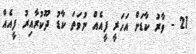
21 - ވާރު ކާޑަށް އަހަރީ ފީއެއް ނުވަތަ ކާޑު ދޫކުރާއިރު ފީއެއް